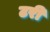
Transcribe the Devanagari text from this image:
टरी